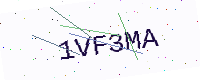
Text: 1VF3MA